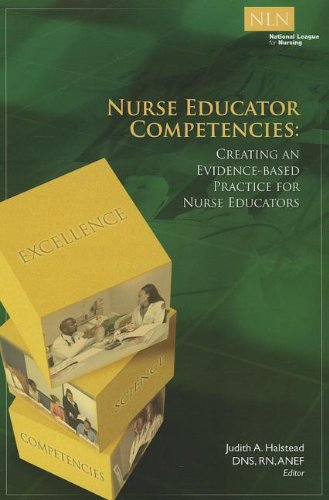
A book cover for Nurse Educator Competencies: Creating an Evidence-Based Practice for Nurse Educators; Judith Halstead; Medical Books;